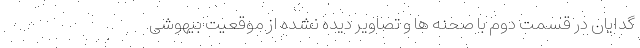
گدایان در قسمت دوم با صحنه ها و تصاویر دیده نشده از موقعیت بیهوشی